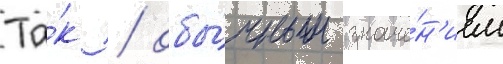
Та́к / обы́чным значе́н'ием